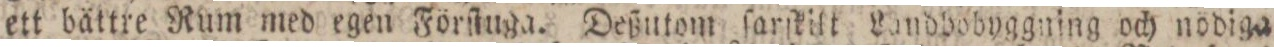
ett bättre Rum med egen Förſtuga. Deßutom ſarſkilt Landbobyggning och nodiga